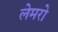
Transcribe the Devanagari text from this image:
लेमरो